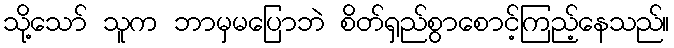
သို့သော် သူက ဘာမှမပြောဘဲ စိတ်ရှည်စွာစောင့်ကြည့်နေသည်။